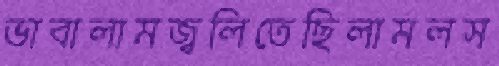
ভাবালামজ্বলিতেছিলামলস